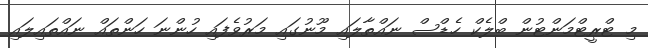
މި ޓްރީޓްމަންޓުން ބްލެކް ހެޑްސް ނައްތާލައި މޫނުގައި މަރުވެފައި ހުންނަ ހަންތައް ނައްތައިލައި